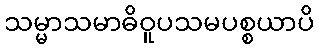
သမ္မာသမာဓိဝူပသမပစ္စယာပိ